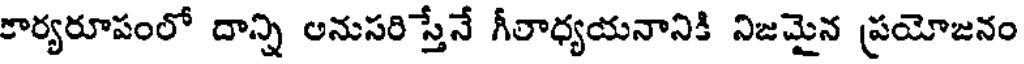
కార్యరూపంలో దాన్ని అనుసరిస్తేనే గీతాధ్యయనానికి నిజమైన ప్రయోజనం